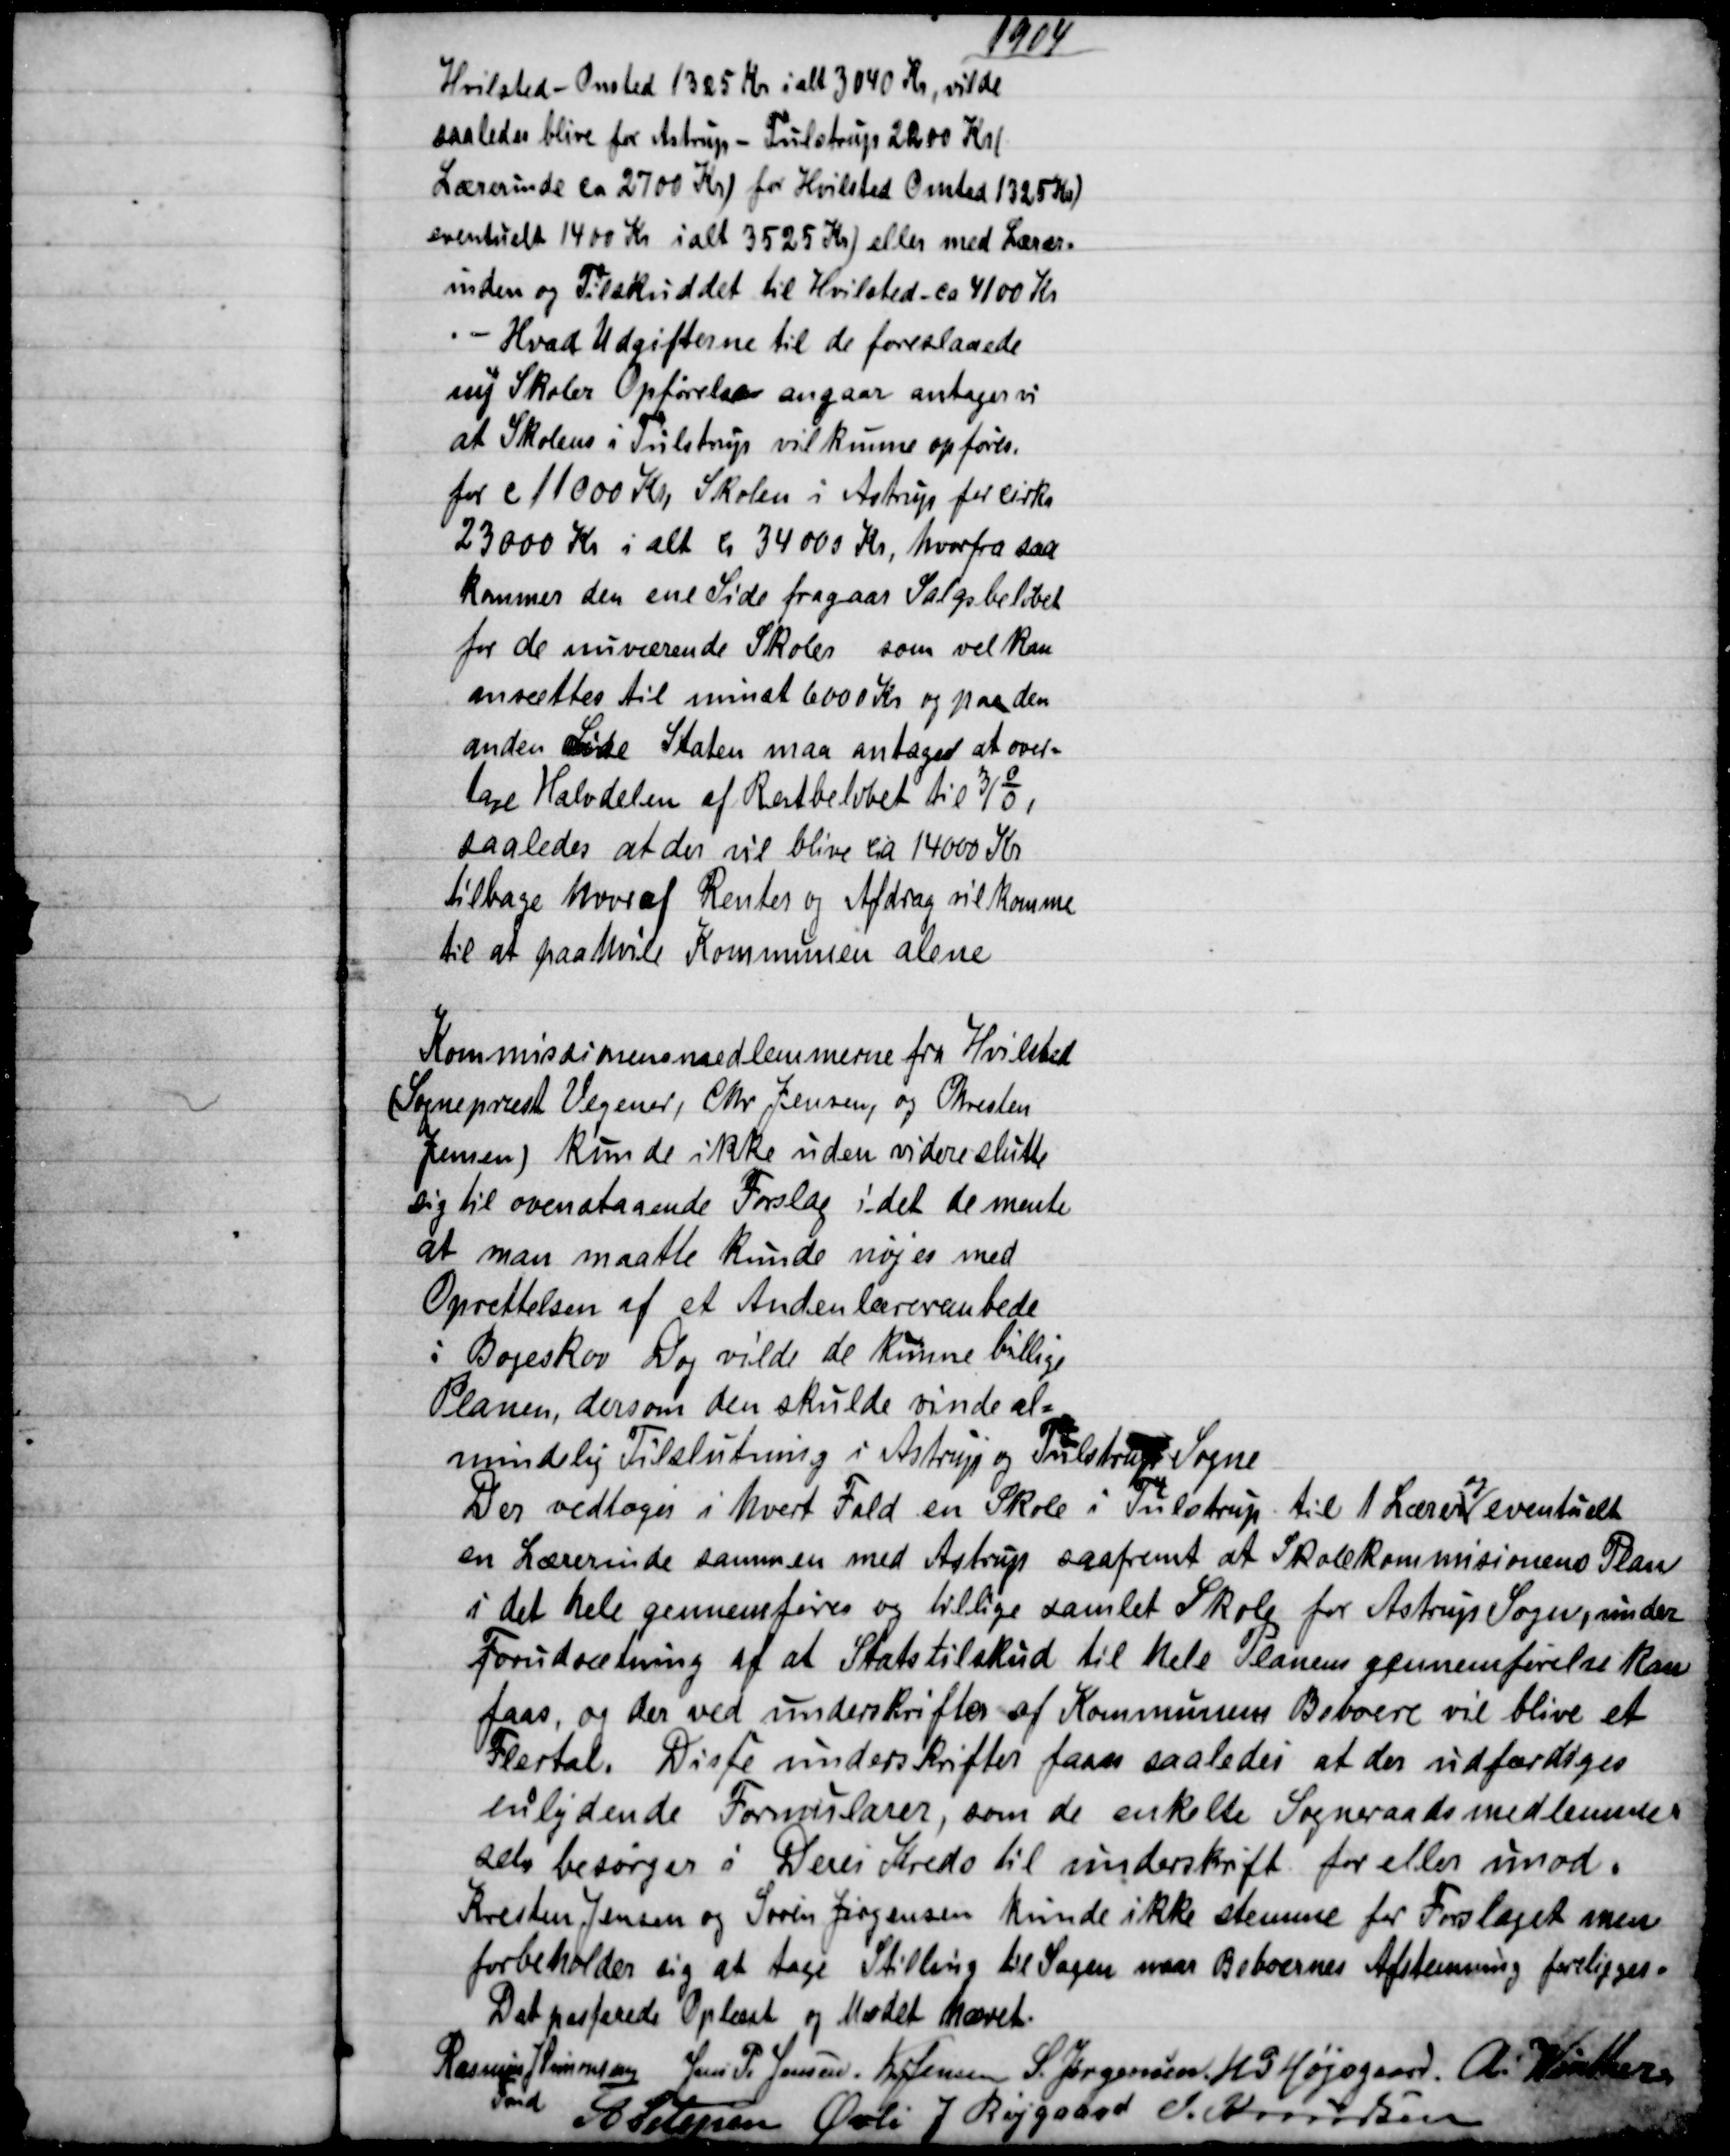
Transskription:
1904
Hvilsted - Onsted 1325 Kr i alt 3040 Kr., vilde
saaledes blive for Astrup - Tulstrup 2200 Kr/
Lærerinde ca 2700 Kr) for Hvilsted Onsted 1325 Kr.)
eventuelt 1400 Kr ialt 3525 Kr) eller med Lærer=
inden og Tilskuddet til Hvilsted - ca 4100 Kr.
Hvad Udgifterne til de foreslaaede
ny Skoler Opførelse angaar antager vi
at Skolens i Tulstrup vil kunne opføres.
for c 11000 Kr, Skolen i Astrup for cirka
23000 Kr i alt ca 34000 Kr, hvorfra saa
kommer den ene Side fragaar Salgsbeløbet
for de nuværende Skoler som vel kan
ansættes til minst 6000 Kr og paa den
anden Side Staten maa antages at over=
tage Halvdelen af Restbeløbet til 3/%
saaledes at der vil blive ca 14000 Kr
tilbage hvoraf Renter og Afdrag vil komme
til at paahvile Kommunen alene
Kommissionensmedlemmerne fra Hvilsted
(Sognepræst Vegener, Chr. Jensen, og Chresten
Jensen) kunde ikke uden videre slutte
sig til ovenstaaende Forslag idet de mente
at man maatte kunde nøjes med
Oprettelsen af et Andenlærerembede
i Bøgeskov Dog vilde de kunne billige
Planen, dersom den skulde vinde al=
mindelig Tilslutning i Astrup og Tulstrup Sogne
Der vedtoges i hvert Fald en Skole i Tulstrup til 1 Lærer 
og
eventuelt
en Lærerinde sammen med Astrup saafremt at Skolekommisionens Plan
i det hele gennemføres og tillige samlet Skole for Astrup Sogn, under
Forudsætning af at Statstilskud til hele Planens gennemførelse kan
faas, og der ved underskrifter af Kommunens Beboere vil blive et
Flertal. Disse underskrifter faaes saaledes at der udfærdiges
enslydende Formularer, som de enkelte Sogneraadsmedlemmer
selv besørger i Deres Kreds til underskrift for eller imod.
Kresten Jensen og Søren Jørgensen kunde ikke stemme for Forslaget men
forbeholder sig at tage Stilling til Sagen naar Beboernes Afstemning foreligger.
Det passerede oplæst og Mødet hævet.
Rasmus J Simonsen 
Fmd
Jens P. Jensen. Kr Jensen S. Jørgensen H. P. Højsgaard. A. Winther
A Petersen Øvli J Røjgaard J. Knudsen